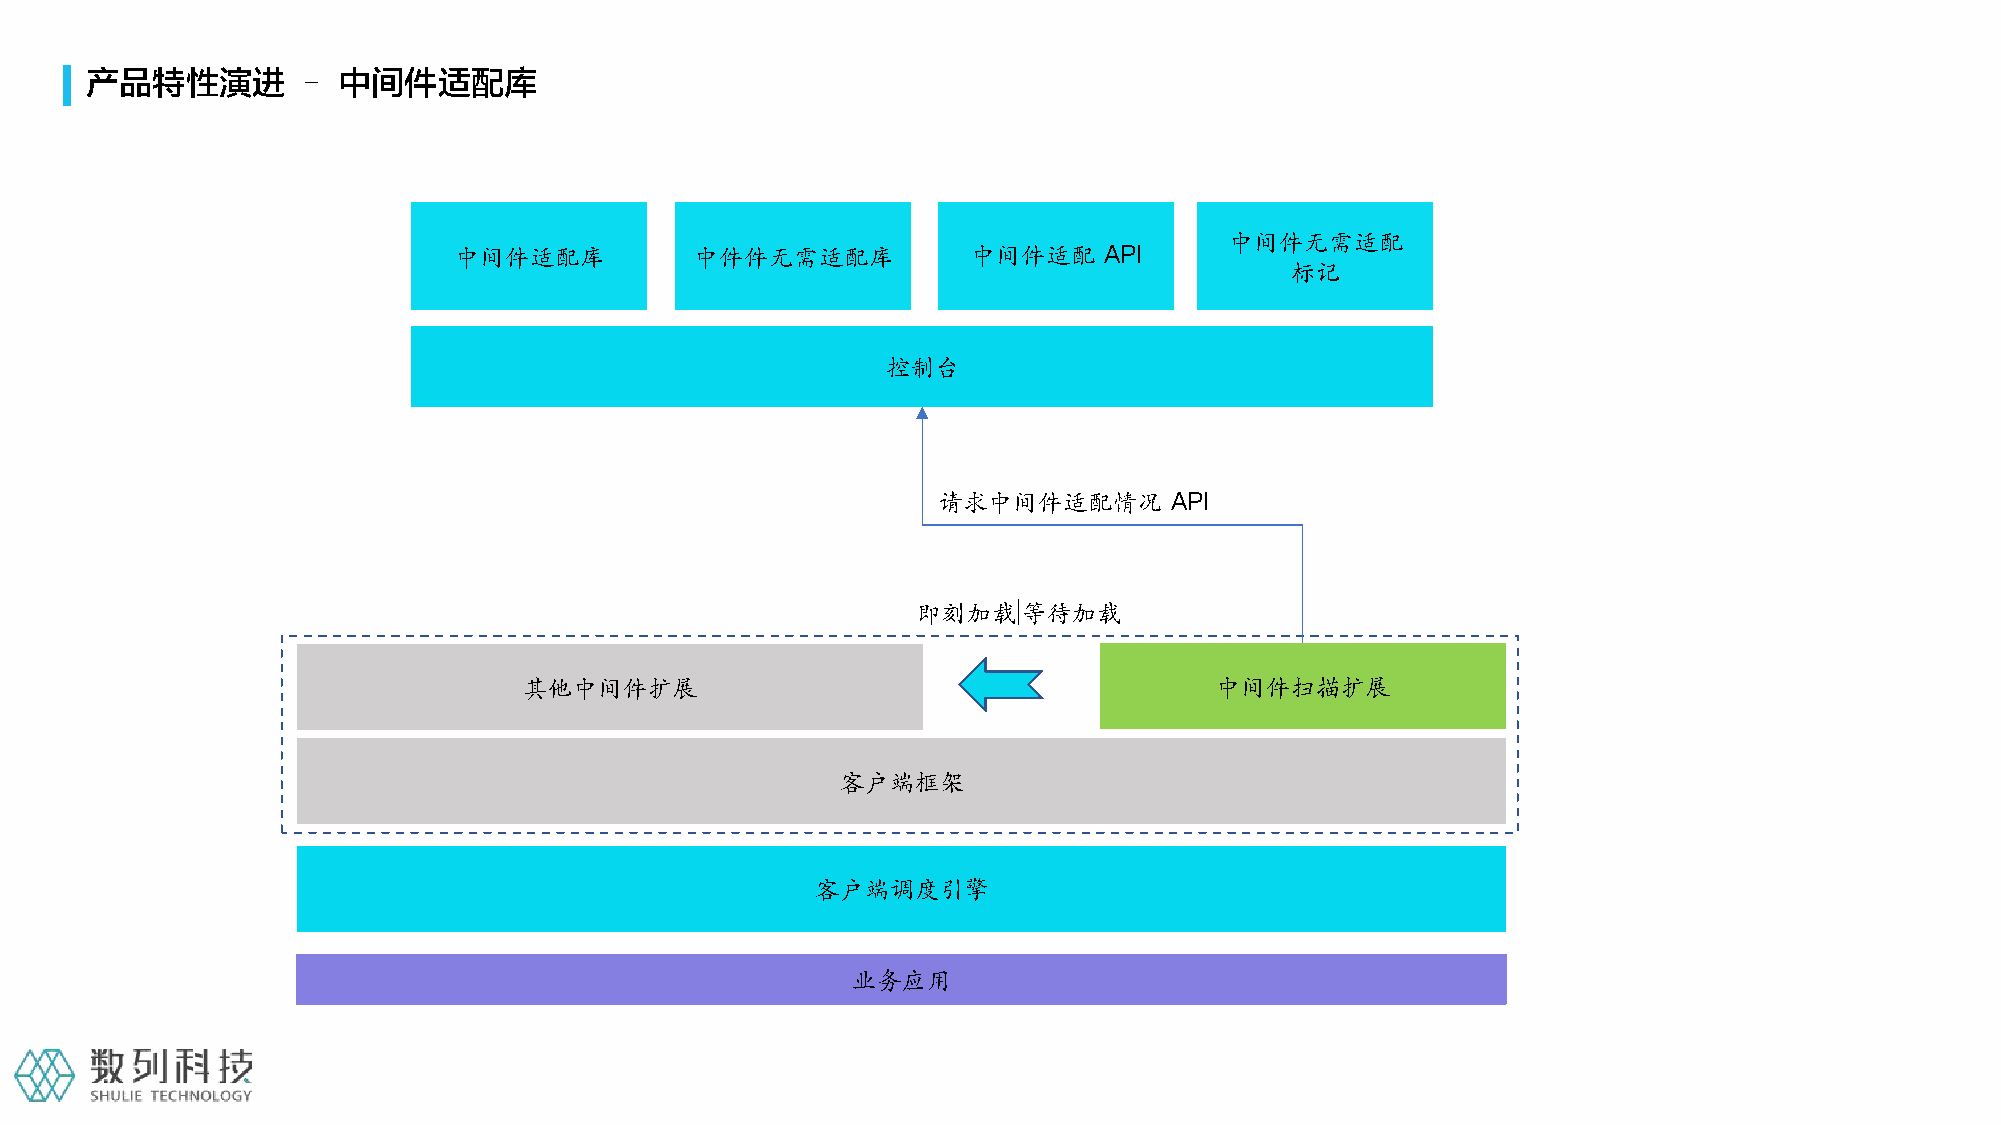
产品特性演进        – 中间件适配库
 中间件无需适配
 中间件适配库          中件件无需适配库          中间件适配    API
 标记
 控制台
 请求中间件适配情况      API
 即刻加载|等待加载
 其他中间件扩展                                      中间件扫描扩展
 客户端框架
 客户端调度引擎
 业务应用